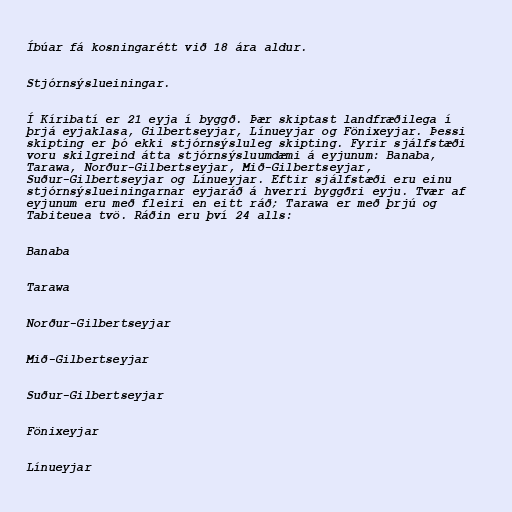
Íbúar fá kosningarétt við 18 ára aldur.

Stjórnsýslueiningar.

Í Kíribatí er 21 eyja í byggð. Þær skiptast landfræðilega í
þrjá eyjaklasa, Gilbertseyjar, Línueyjar og Fönixeyjar. Þessi
skipting er þó ekki stjórnsýsluleg skipting. Fyrir sjálfstæði
voru skilgreind átta stjórnsýsluumdæmi á eyjunum: Banaba,
Tarawa, Norður-Gilbertseyjar, Mið-Gilbertseyjar,
Suður-Gilbertseyjar og Línueyjar. Eftir sjálfstæði eru einu
stjórnsýslueiningarnar eyjaráð á hverri byggðri eyju. Tvær af
eyjunum eru með fleiri en eitt ráð; Tarawa er með þrjú og
Tabiteuea tvö. Ráðin eru því 24 alls:

Banaba

Tarawa

Norður-Gilbertseyjar

Mið-Gilbertseyjar

Suður-Gilbertseyjar

Fönixeyjar

Línueyjar